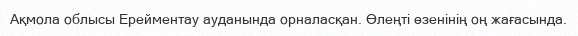
Ақмола облысы Ерейментау ауданында орналасқан. Өлеңті өзенінің оң жағасында.